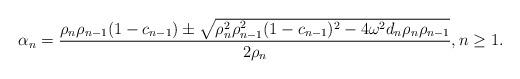
LaTeX: \begin{align*}\alpha_n = \dfrac{\rho_{n}\rho_{n-1}(1-c_{n-1})\pm \sqrt{\rho_{n}^2\rho_{n-1}^2(1-c_{n-1})^2-4\omega^2d_n\rho_{n}\rho_{n-1}}}{2\rho_{n}}, n \geq 1.\end{align*}